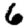
Digit: 6